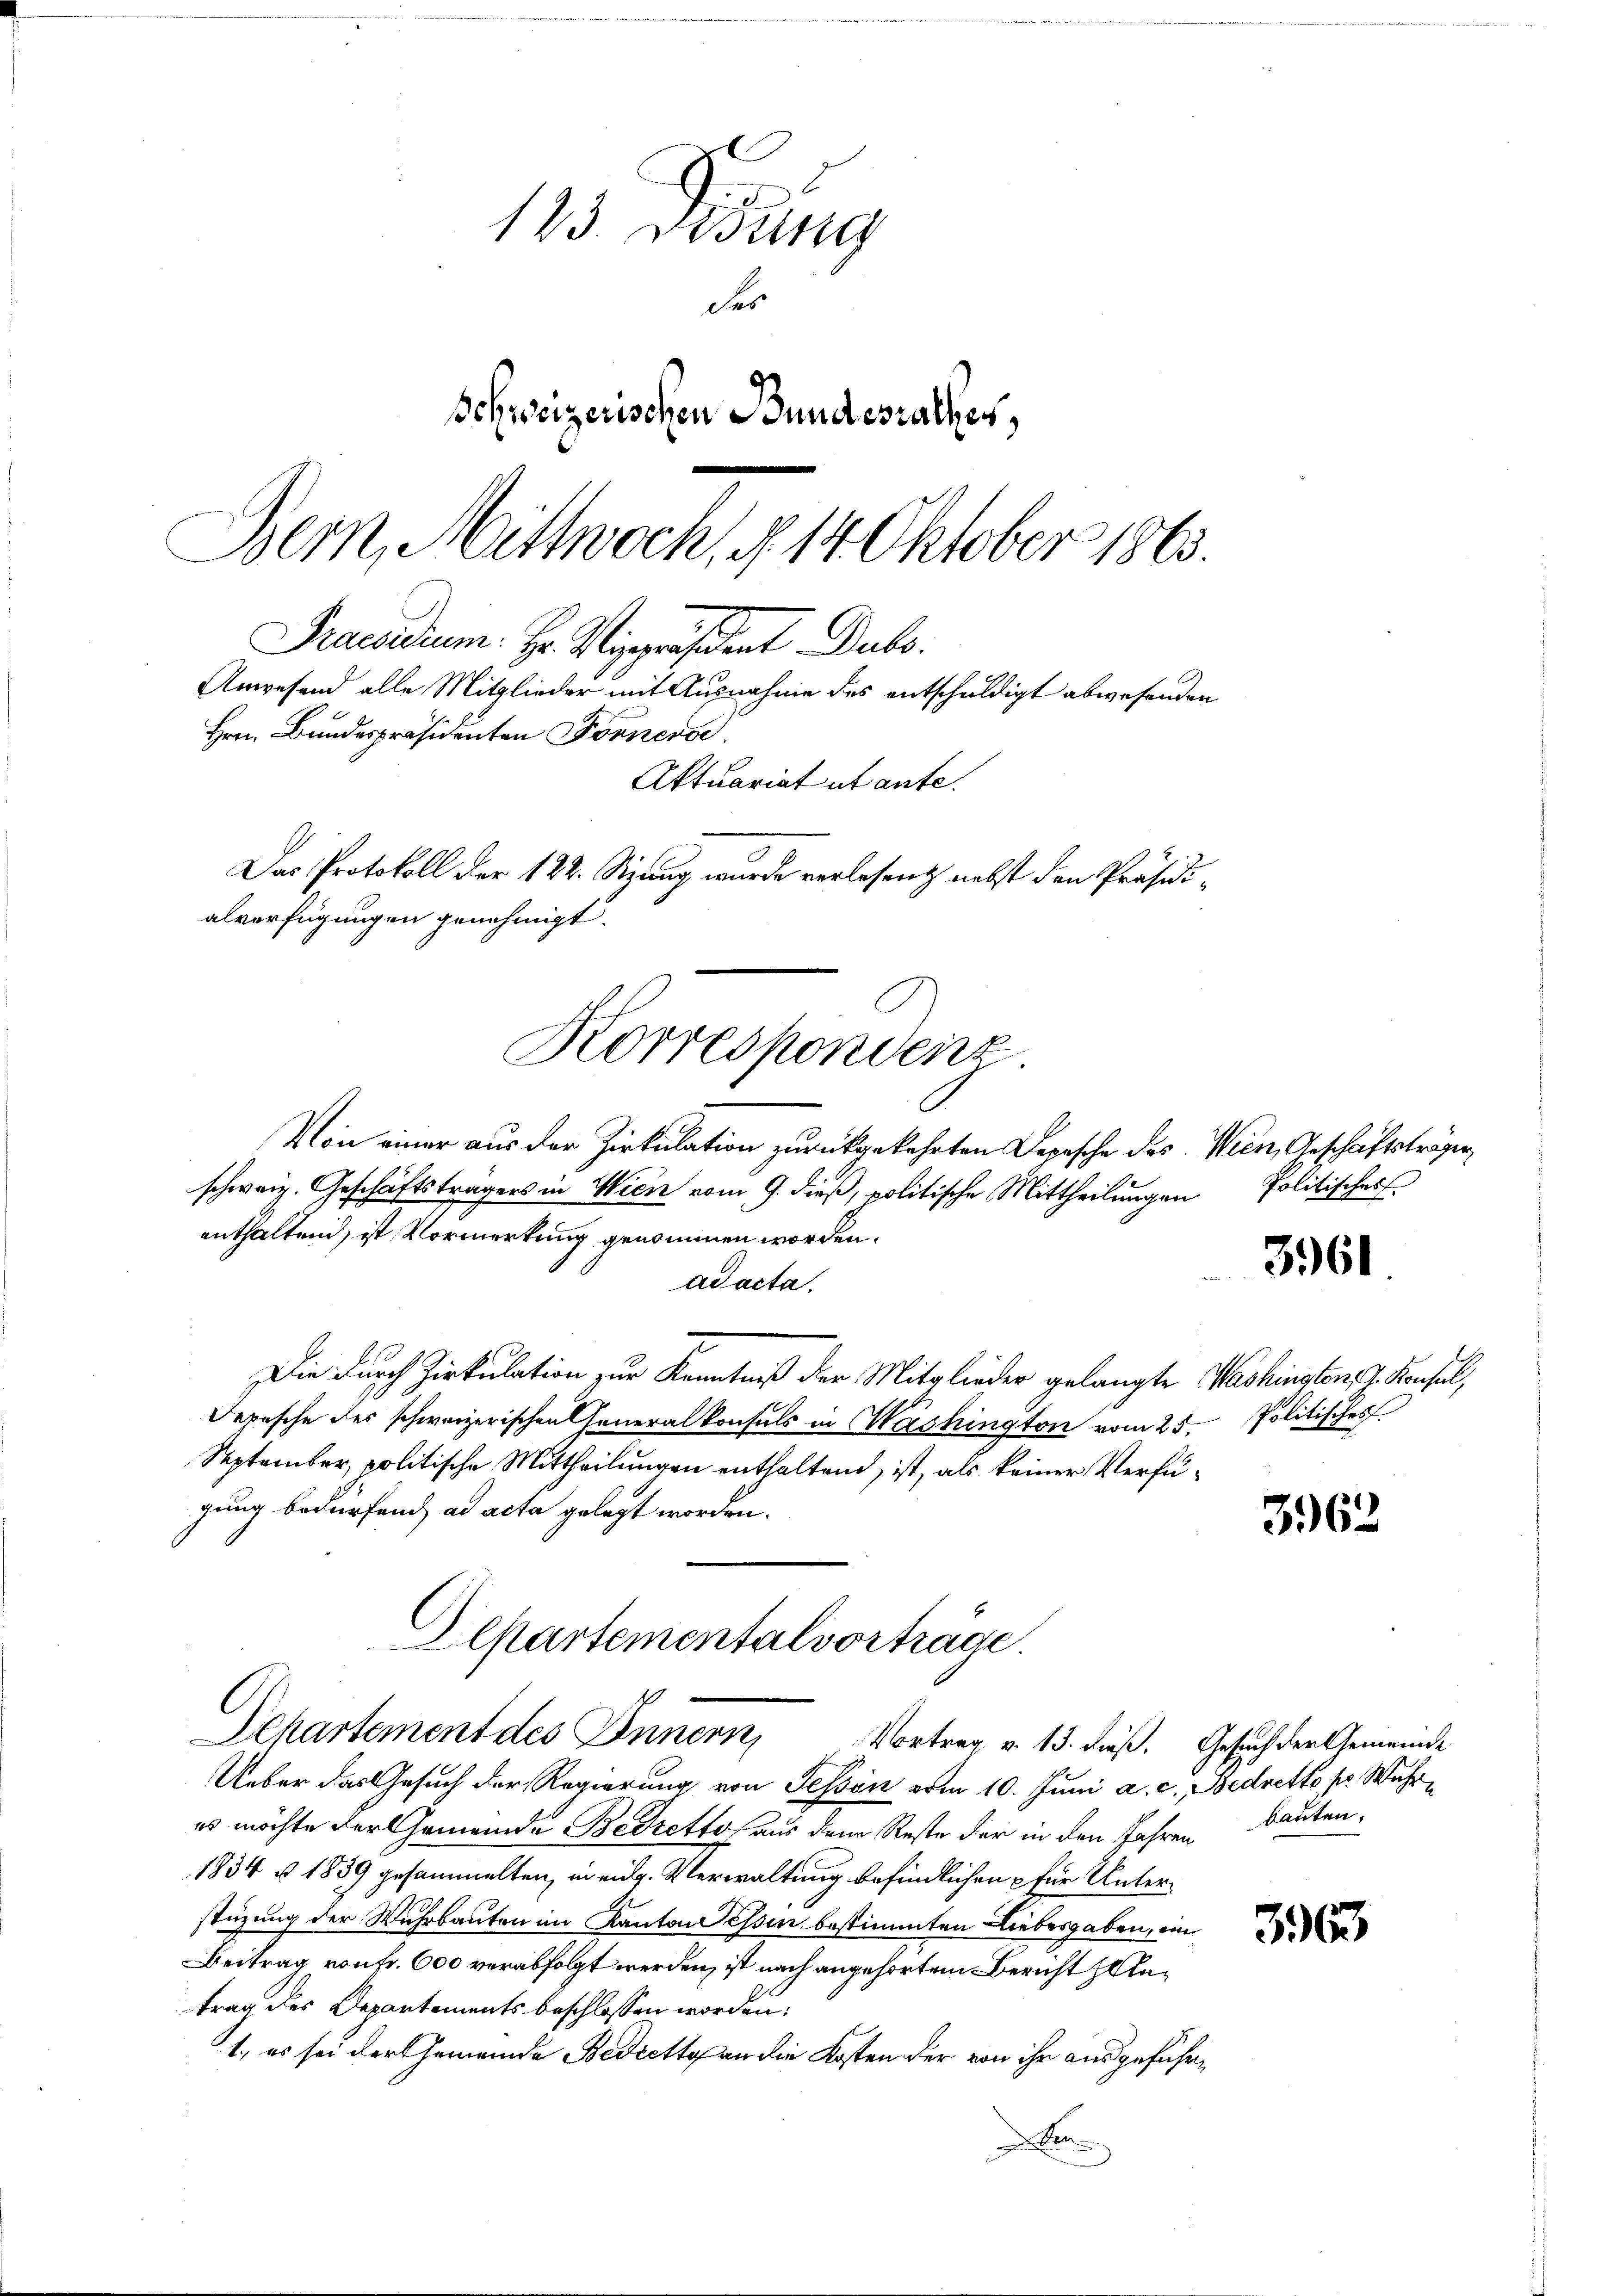
Korrespondenz

123. Desung
des
Schweizerischen Bundesrathes,
Bern, Mittwoch, § 14 Oktober 1863.
Praesidium. Hr. Vizepräsident Dubo
Anwesend alle Mitglieder mit Ausnahme des entschuldigt abwesenden
Hrn. Bundespräsidenten Fornerse
Aktuariat utante.
Das Protokoll der 122. Sitzung wurde verlesen nebst den Präsidialverfügungen genehmigt.

Von einer aus der Zirkulation zurückgekehrten Depische des Wien, Geschäftsträger,
schweiz. Geschäftsträgers in Wien vom 9. dieß, politische Mittheilungen
enthaltend, ist Vormerkung genommen worden.
ad acta.
Die durch Zirkulation zur Kenntniß der Mitglieder gelangte Washinstens z. Konsul,
Depesche des schweizerischen Generalkonsuls in Washington vom 25.
September, politische Mittheilungen enthaltend, ist, als keiner Verfügung bedürfend ad acta gelegt worden.

Eepartementalvorträge.
Departement des Innern, Vortrag v. 13. dieß. Gesuch der Gemeinde

Ueber das Gesuch der Regierung von Tessin vom 10. Juni a. c. Bedretto pr. Wahres möchte der Gemeinde Bedretto, aus dem Reste der in den Jahren Bauten,
1834 § 1839 gesammelten, in eidg. Verwaltung befindlichen für Unterstüzung der Wuhrbauten im Kanton essen bestimmten Liebesgaben, ein
Beitrag von Fr. 600 verabfolgt werden, ist nach angehörten Bericht zuletrag des Departements beschlossen worden.
1. es sei der Gemeinde Bedretto an die Kosten der von ihr ausgeführn

Politisches

3961

Politisches

3962

3965